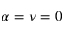
\alpha = \nu = 0